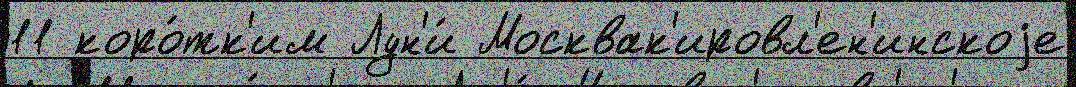
11 коро́тк'им Лун'и́ Москвак'ировл'ен'инскоjе